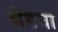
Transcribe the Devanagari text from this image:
बेंडया